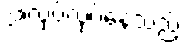
အလုပ်လုပ်နေသည့်